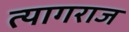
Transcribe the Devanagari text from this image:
त्‍यागराज